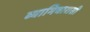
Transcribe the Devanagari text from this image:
व्याभिचारासी